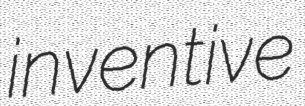
inventive